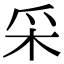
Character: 采